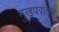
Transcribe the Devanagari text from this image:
मुखपत्रांतून